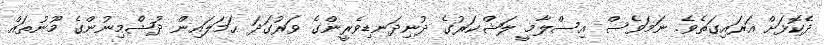
ދެކޮޅަށް އަރައިގަތެވެ. ނަމަވެސް އިސްލާމީ ލަޝްކަރުގެ ދުނިދަނޑިވެރީންގެ ވަރުގަދަ ޙަމަލައިން ދުޝްމިނުންގެ މޫނުތައް